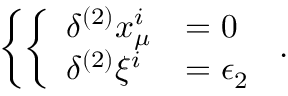
\left\{ \left\{ \begin{array} { l l } { { \delta ^ { ( 2 ) } x _ { \mu } ^ { i } } } & { { = 0 } } \\ { { \delta ^ { ( 2 ) } \xi ^ { i } } } & { { = \epsilon _ { 2 } } } \end{array} \right. \right. .